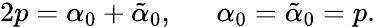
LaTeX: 2p=\alpha_{0}+\tilde{\alpha}_{0},~~~~~~\alpha_{0}=\tilde{\alpha}_{0}=p.